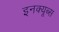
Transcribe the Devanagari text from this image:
इनक्यूब्स